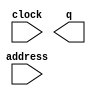
module ahfRISC521_rom1 (
	address,
	clock,
	q);

	input	[9:0]  address;
	input	  clock;
	output	[13:0]  q;
`ifndef ALTERA_RESERVED_QIS
// synopsys translate_off
`endif
	tri1	  clock;
`ifndef ALTERA_RESERVED_QIS
// synopsys translate_on
`endif

endmodule